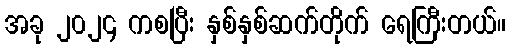
အခု ၂၀၂၄ ကစပြီး နှစ်နှစ်ဆက်တိုက် ရေကြီးတယ်။